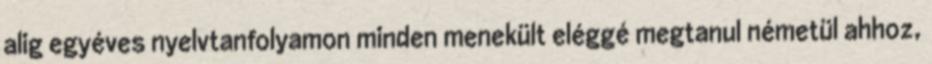
alig egyéves nyelvtanfolyamon minden menekült eléggé megtanul németül ahhoz,